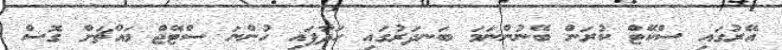
އޭރުގައި ސްކޭޓް ކުރަން ބޭނުންނަމަ ބަނދަރުގައި ހަދާފައި ހުންނަ ސްޓޭޖް މައްޗަށް ގޮސް